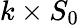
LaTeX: k\times S_{0}